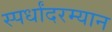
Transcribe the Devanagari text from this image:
स्पर्धांदरम्यान